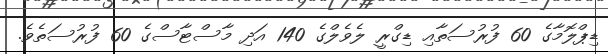
ޑިޕްލޮމާގެ 60 ފުރުސަތާއި ޑިގްރީ ލެވެލްގެ 140 އަދި މާސްޓާސްގެ 60 ފުރުސަތެވެ.